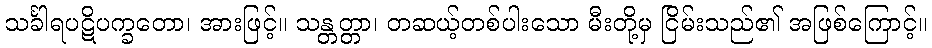
သင်္ခါရပဋိပက္ခတော၊ အားဖြင့်။ သန္တတ္တာ၊ တဆယ့်တစ်ပါးသော မီးတို့မှ ငြိမ်းသည်၏ အဖြစ်ကြောင့်။